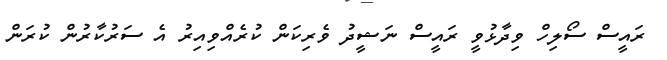
ރައީސް ސޯލިހް ވިދާޅުވީ ރައީސް ނަޝީދު ވެރިކަން ކުރެއްވިއިރު އެ ސަރުކާރުން ކުރަން